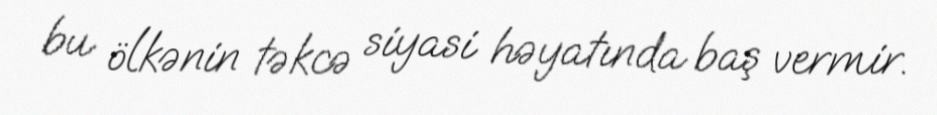
bu ölkənin təkcə siyasi həyatında baş vermir.